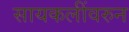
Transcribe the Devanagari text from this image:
सायकलींवरुन